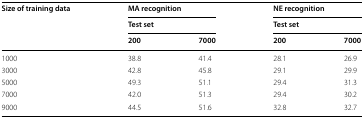
<table><thead><tr><td rowspan="3"><b>Size of training data</b></td><td colspan="2"><b>MA recognition</b></td><td colspan="2"><b>NE recognition</b></td></tr><tr><td colspan="2"><b>Test set</b></td><td colspan="2"><b>Test set</b></td></tr><tr><td><b>200</b></td><td><b>7000</b></td><td><b>200</b></td><td><b>7000</b></td></tr></thead><tbody><tr><td>1000</td><td>38.8</td><td>41.4</td><td>28.1</td><td>26.9</td></tr><tr><td>3000</td><td>42.8</td><td>45.8</td><td>29.1</td><td>29.9</td></tr><tr><td>5000</td><td>49.3</td><td>51.1</td><td>29.4</td><td>31.3</td></tr><tr><td>7000</td><td>42.0</td><td>51.3</td><td>29.4</td><td>30.2</td></tr><tr><td>9000</td><td>44.5</td><td>51.6</td><td>32.8</td><td>32.7</td></tr></tbody></table>